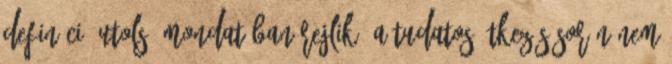
definíció utolsó mondatában rejlik. A tudatos étkezés során nem